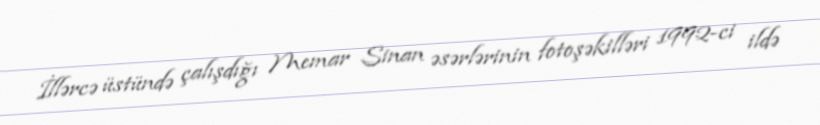
İllərcə üstündə çalışdığı Memar Sinan əsərlərinin fotoşəkilləri 1992-ci ildə